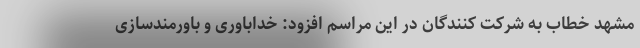
مشهد خطاب به شرکت کنندگان در این مراسم افزود: خداباوری و باورمندسازی